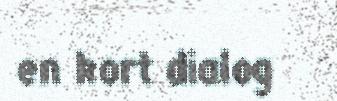
en kort dialog